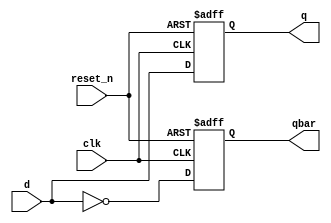
module d_ff_async(
			input clk,
			input reset_n,
			input d,

			output reg q,
			output reg qbar
						);

// Asynchronous Reset
always @(posedge clk or posedge reset_n)
	begin

	if(reset_n)
	begin
		q	=	1'b0;
		qbar	=	~q;
	end

	else
	begin
		q	=	d;
		qbar	=	~q;
	end

	end
					
endmodule